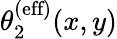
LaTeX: \theta_{2}^{\textrm{(eff)}}(x,y)